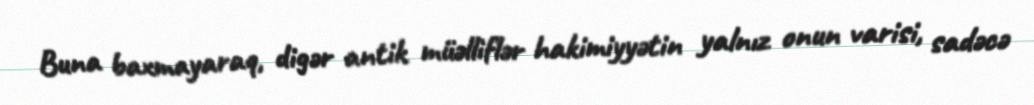
Buna baxmayaraq, digər antik müəlliflər hakimiyyətin yalnız onun varisi, sadəcə